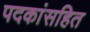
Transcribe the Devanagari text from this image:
पदकांसहित